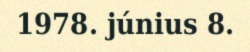
1978. június 8.